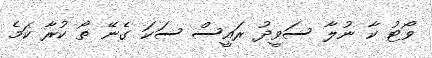
ވޯޓު ކާ ނުލާ ސަވީދު ރައީސް ސަކަ ގެނޭ ތޯ ކުރާ ކަމެ